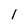
Character: l